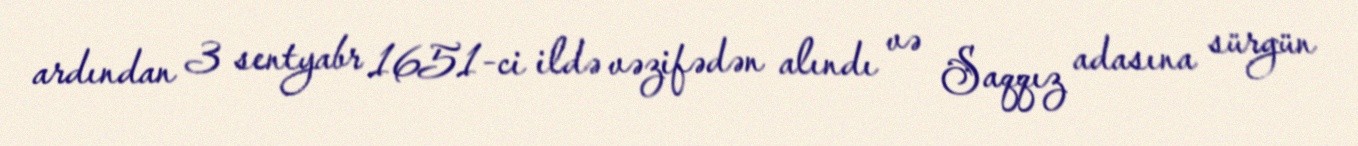
ardından 3 sentyabr 1651-ci ildə vəzifədən alındı və Saqqız adasına sürgün